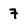
Character: 7